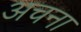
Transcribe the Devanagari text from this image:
अचना